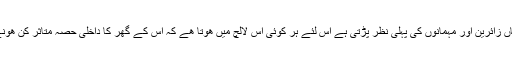
گھر کا داخلی حصہ پہلی وہ جگہ ھوتی ھے جہاں زائرین اور مہمانوں کی پہلی نظر پڑتی ہے اس لئے ہر کوئی اس لالچ میں ھوتا ھے کہ اس کے گھر کا داخلی حصہ متاثر کن ھونے کے ساتھ ساتھ خوبصورت بھی ھونا چاہئے۔